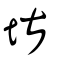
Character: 堪